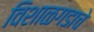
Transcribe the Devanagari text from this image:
विशाळगडाचे